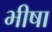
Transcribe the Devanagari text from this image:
भीषा